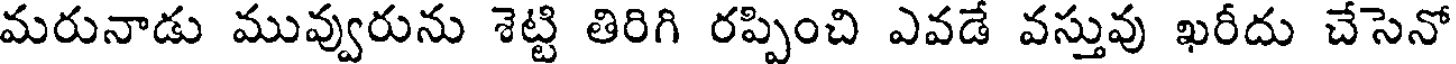
మరునాడు మువ్వురును శెట్టి తిరిగి రప్పించి ఎవడే వస్తువు ఖరీదు చేసెనో